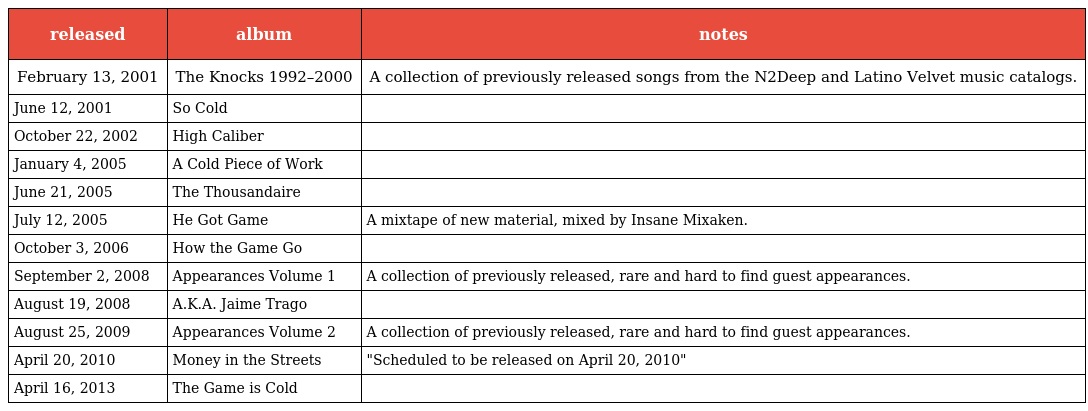
| released | album | notes |
 | --- | --- | --- |
 | February 13, 2001 | The Knocks 1992–2000 | A collection of previously released songs from the N2Deep and Latino Velvet music catalogs. |
 | June 12, 2001 | So Cold |  |
 | October 22, 2002 | High Caliber |  |
 | January 4, 2005 | A Cold Piece of Work |  |
 | June 21, 2005 | The Thousandaire |  |
 | July 12, 2005 | He Got Game | A mixtape of new material, mixed by Insane Mixaken. |
 | October 3, 2006 | How the Game Go |  |
 | September 2, 2008 | Appearances Volume 1 | A collection of previously released, rare and hard to find guest appearances. |
 | August 19, 2008 | A.K.A. Jaime Trago |  |
 | August 25, 2009 | Appearances Volume 2 | A collection of previously released, rare and hard to find guest appearances. |
 | April 20, 2010 | Money in the Streets | "Scheduled to be released on April 20, 2010" |
 | April 16, 2013 | The Game is Cold |  |